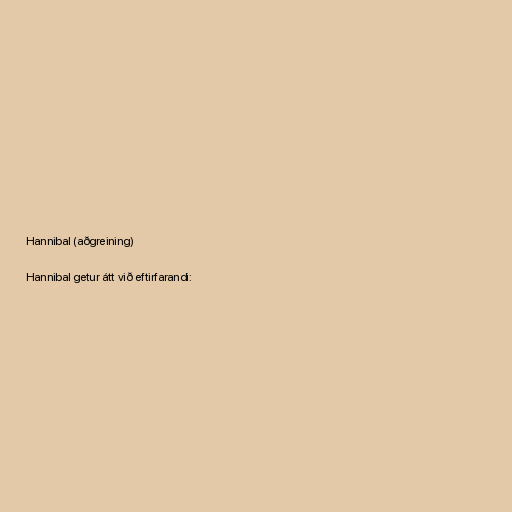
Hannibal (aðgreining)

Hannibal getur átt við eftirfarandi: